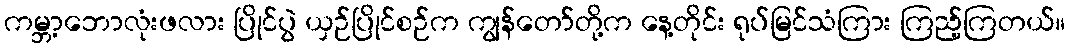
ကမ္ဘာ့ဘောလုံးဖလား ပြိုင်ပွဲ ယှဉ်ပြိုင်စဉ်က ကျွန်တော်တို့က နေ့တိုင်း ရုပ်မြင်သံကြား ကြည့်ကြတယ်။